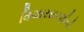
વિચારસરણીની